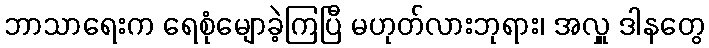
ဘာသာရေးက ရေစုံမျောခဲ့ကြပြီ မဟုတ်လားဘုရား၊ အလှူ ဒါနတွေ